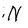
Character: N